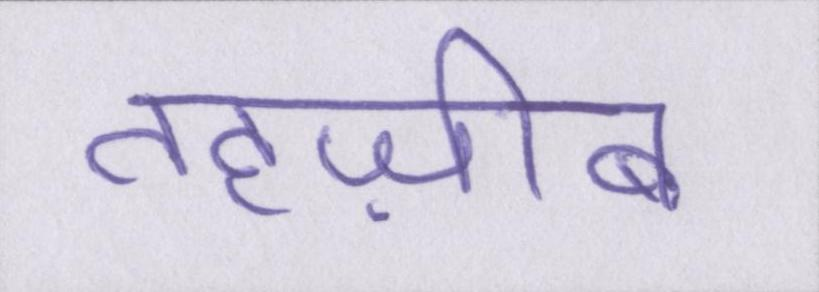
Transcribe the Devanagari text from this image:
तहज़ीब